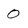
Character: 0